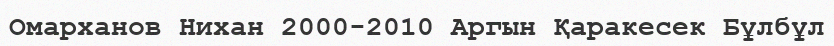
Омарханов Нихан 2000-2010 Аргын Қаракесек Бұлбұл